Vaccination in Bombay 1913-1923 - 1913-1923
Year: 1913
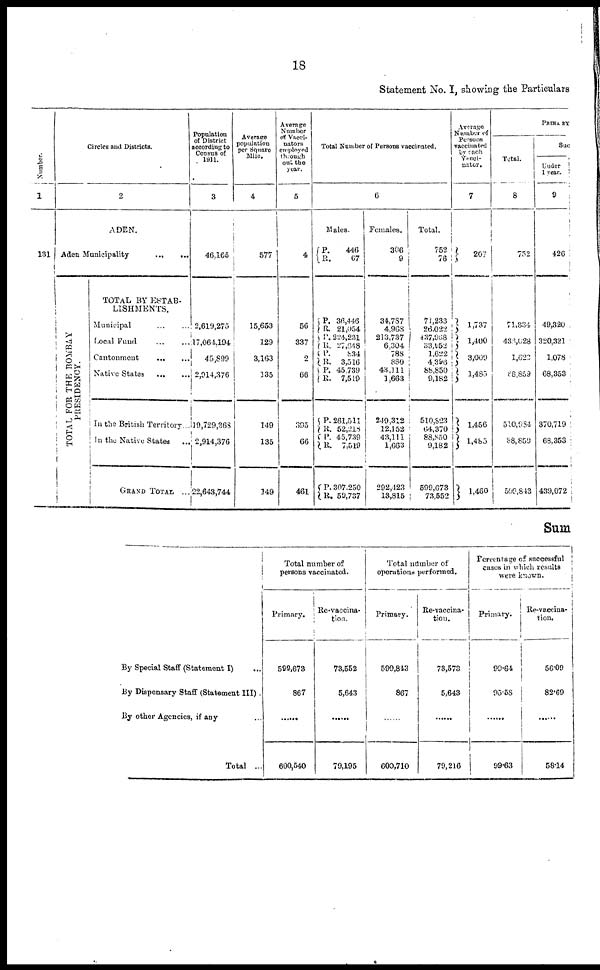
18
Statement No. I, showing the Particulars
Number.
1
131
Circles and Districts.
2
ADEN.
Aden Municipality
...
...
T OTAL FOR THE BOMBAY
PRESIDENCY.
TOTAL BY ESTAB-
LISHMENTS.
Municipal ... ...
Local Fund
...
...
Cantonment
...
...
Native States
...
...
In the British Territory...
In the Native States
...
GRAND TOTAL ...
Population
of District
according to
Census of
1911.
3
46,165
2,619,275
17,064,194
45,899
2,914,376
19,729,368
2,914,376
22,643,744
Average
population
per Square
Mile.
4
577
15,653
129
3,163
335
149
135
149
Average
Number
of Vacci¬
nators
employed
through
out the
year.
5
4
56
337
2
66
395
66
461
Total Number of Persons vaccinated.
6
Males.
P.
R.
446
67
P.
R.
P.
R.
P.
R.
P.
R.
P.
R.
P.
R.
P.
R.
36,446
21,054
224,231
27,648
834
3,516
45,739
7,519
261,511
62,218
45,739
7,519
307,250
50,737
Females.
306
9
34,787
4,968
213,737
6,304
788
880
43,111
1,663
249,312
12,152
43,111
1,663
292,423
13,815
Total.
752
76
71,233
26,022
437,958
33,952
1,622
4,396
88,850
9,182
510,823
64,370
83,850
9,182
599,673
73,552
Average
Number of
Persons
vaccinated
by each
Vacci¬
nator.
7
207
1,737
1,400
3,009
1,485
1,456
1,485
1,460
PRIMARY
Total.
8
752
71,334
433,628
1,622
88,859
510,934
88,859
599,843
Suc
Under
1 year.
9
426
49,320
320,321
1,078
68,353
370,719
68,353
439,072
Sum
By Special Staff (Statement I) ...
By Dispensary Staff (Statement III) .
By other Agencies, if any
Total ...
Total number of
persons vaccinated.
Primary.
599,673
867
......
600,540
Re-vaccina¬
tion.
73,552
5,643
......
79,195
Total number of
operations performed.
Primary.
599,843
867
......
600,710
Re-vaccina¬
tion.
73,573
5,643
......
79,216
Percentage of successful
cases in which results
were known.
Primary.
99.64
95.58
......
99.63
Re-vaccina¬
tion.
56.09
82.69
......
58.14